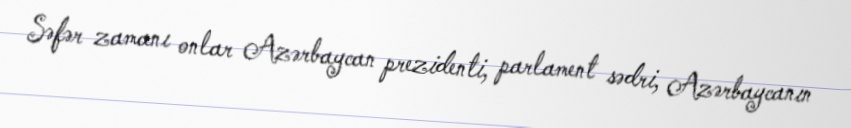
Səfər zamanı onlar Azərbaycan prezidenti, parlament sədri, Azərbaycanın